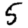
Digit: 5